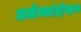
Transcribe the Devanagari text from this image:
अलेक्सांद्रोव्हना